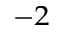
^ { - 2 }